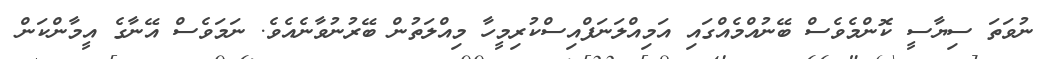
ނުވަތަ ސިޔާސީ ކޮންމެވެސް ބޭނުއްމެއްގައި އަމިއްލަނަފްއިސްކުރިމީހާ މިއްލަތުން ބޭރުނުވާނެއެވެ. ނަމަވެސް އޭނާގެ އީމާންކަން